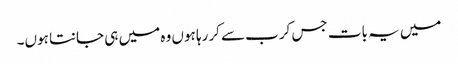
میں یہ بات جس کرب سے کررہا ہوں وہ میں ہی جانتا ہوں۔